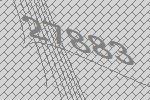
27883